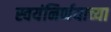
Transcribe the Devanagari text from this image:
स्वयंनिर्णयाच्या